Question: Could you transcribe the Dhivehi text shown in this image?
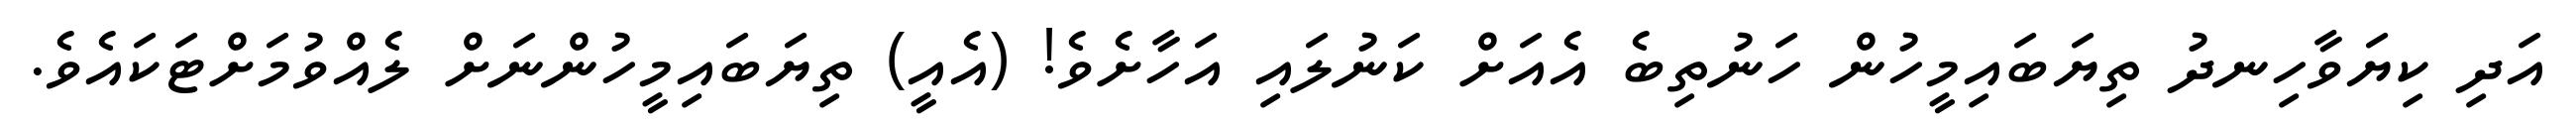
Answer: އަދި ކިޔަވާހިނދު ތިޔަބައިމީހުން ހަނުތިބެ އެއަށް ކަނުލައި އަހާށެވެ! (އެއީ) ތިޔަބައިމީހުންނަށް ލެއްވުމަށްޓަކައެވެ.